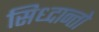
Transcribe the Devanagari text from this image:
सिध्दान्तो